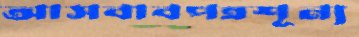
আসবাবপত্রশূন্য